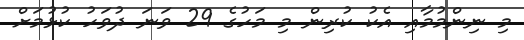
މި ނިންމުމާއި އެކު ކުރިން މި މަހުގެ 29 ވަނަ ދުވަހު ކުޅުމަށް